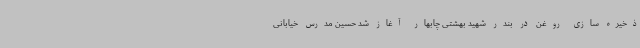
ذخیره سازی روغن در بندر شهید بهشتی چابهار آغاز شد حسین مدرس خیابانی